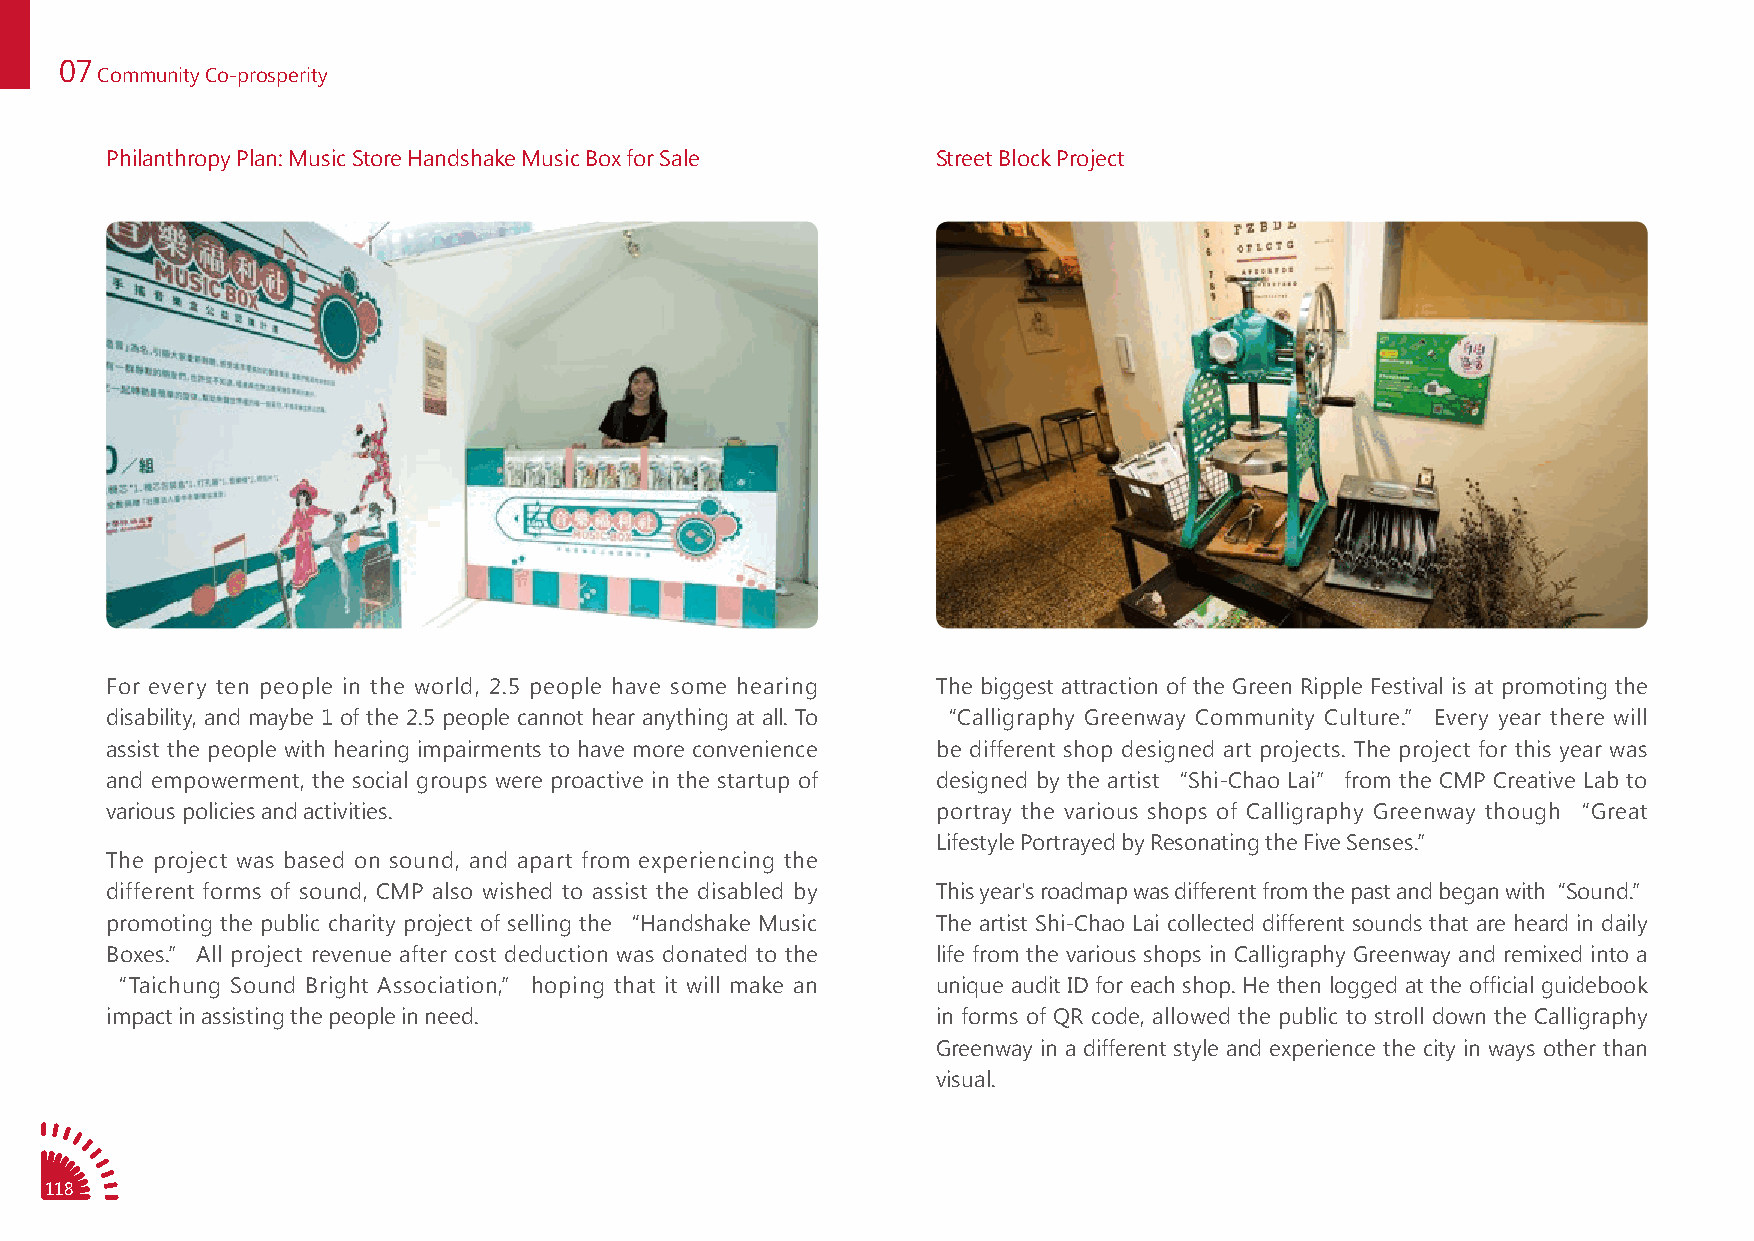
07
 Community Co-prosperity
 Philanthropy Plan: Music Store Handshake Music Box for Sale Street Block Project
 For every ten people in the world, 2.5 people have some hearing The biggest attraction of the Green Ripple Festival is at promoting the
 disability, and maybe 1 of the 2.5 people cannot hear anything at all. To “Calligraphy Greenway Community Culture.” Every year there will
 assist the people with hearing impairments to have more convenience be different shop designed art projects. The project for this year was
 and empowerment, the social groups were proactive in the startup of designed by the artist “Shi-Chao Lai” from the CMP Creative Lab to
 various policies and activities.                       portray the various shops of Calligraphy Greenway though “Great
 Lifestyle Portrayed by Resonating the Five Senses.”
 The project was based on sound, and apart from experiencing the
 different forms of sound, CMP also wished to assist the disabled by This year's roadmap was different from the past and began with“ Sound.”
 promoting the public charity project of selling the “Handshake Music The artist Shi-Chao Lai collected different sounds that are heard in daily
 Boxes.” All project revenue after cost deduction was donated to the life from the various shops in Calligraphy Greenway and remixed into a
 “Taichung Sound Bright Association,” hoping that it will make an unique audit ID for each shop. He then logged at the official guidebook
 impact in assisting the people in need.                in forms of QR code, allowed the public to stroll down the Calligraphy
 Greenway in a different style and experience the city in ways other than
 visual.
 118